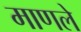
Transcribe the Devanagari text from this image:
माणले